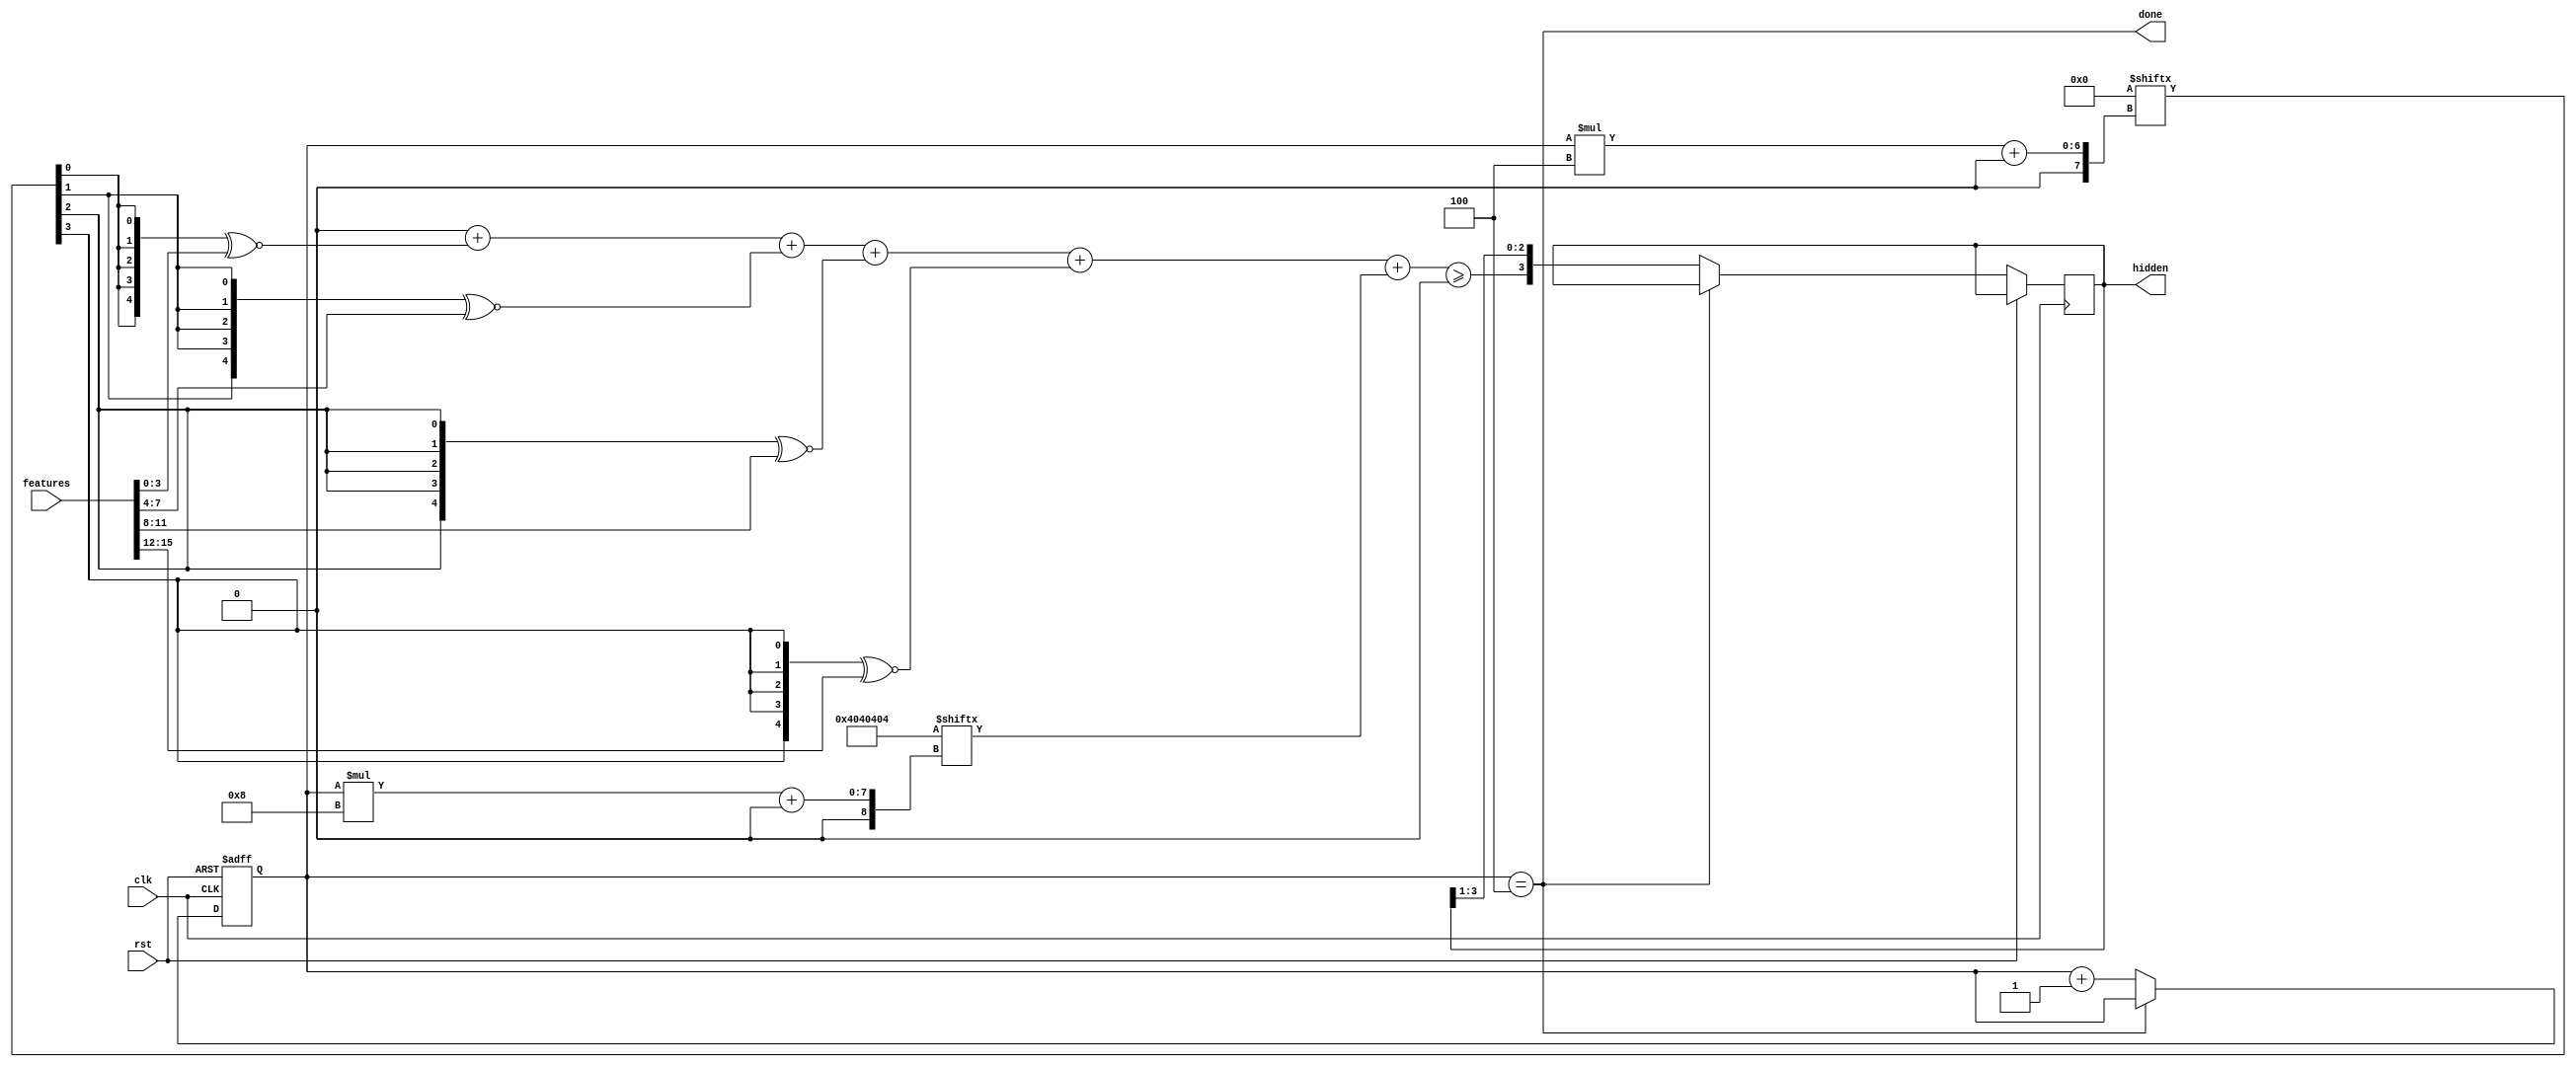
module first_layer_romesh #(
  parameter FEAT_CNT = 4,
  parameter FEAT_BITS = 4,
  parameter HIDDEN_CNT = 4,
  parameter [HIDDEN_CNT*FEAT_CNT-1:0] Weights = 0
  ) (
  input clk,
  input rst,
  input [FEAT_CNT*FEAT_BITS-1:0] features,
  output [HIDDEN_CNT-1:0] hidden,
  output done
  );
  
  reg [HIDDEN_CNT-1:0] hiddreg;
  assign hidden = hiddreg;
  reg [$clog2(HIDDEN_CNT+1)-1:0] cnt;
  wire reached_end;

  assign done = reached_end;

    function [7:0] n_negs(
        input [FEAT_CNT-1:0] mask
    );
    integer i,j;
    begin
    i = 0;
    for(j=0;j<FEAT_CNT;j=j+1)begin
       if(!mask[j]) i = i+1;  
    end
    n_negs = i; 
    end
    endfunction

    function [HIDDEN_CNT*8-1:0] fullnegs(
        input integer a
    );
    reg [HIDDEN_CNT*8-1:0] ng;
    integer j;
    begin
    for(j=0;j<HIDDEN_CNT;j=j+1)begin
       ng[j*8+:8] = n_negs(Weights[j*FEAT_CNT+:FEAT_CNT]);
    end
    fullnegs = ng;
    end
    endfunction

    localparam [HIDDEN_CNT*8-1:0] NEG_CNT = fullnegs(0);
  
  wire signed [FEAT_BITS:0] moment [FEAT_CNT-1:0];
  wire signed [FEAT_BITS:0] sfeat [FEAT_CNT-1:0];
  wire [FEAT_CNT-1:0] slice;
  assign slice = Weights[cnt*FEAT_CNT+:FEAT_CNT];
  genvar i,j;
  generate
    for (i=0;i<FEAT_CNT;i=i+1) begin
        assign sfeat[i] = {1'b0,features[i*FEAT_BITS+:FEAT_BITS]};
        assign moment[i] = {5{slice[i]}} ^~ sfeat[i];
    end
  endgenerate

  reg signed [FEAT_BITS+$clog2(FEAT_CNT+1)-1:0] soom;
  integer y;
  always @* begin
      soom = 0;
      for (y=0;y<FEAT_CNT;y=y+1)
          soom = soom + moment[y];
      soom = soom + NEG_CNT[cnt*8+:8];
  end

  assign reached_end = cnt==HIDDEN_CNT;

  always @(posedge clk or posedge rst) begin
      if(rst) begin
          cnt <= 0;
      end
      else if(!reached_end) begin
          cnt <= cnt + 1;
          hiddreg <= {soom >= 0,hiddreg[HIDDEN_CNT-1:1]};
      end
  end
  
endmodule